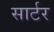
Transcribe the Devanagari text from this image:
सार्टर